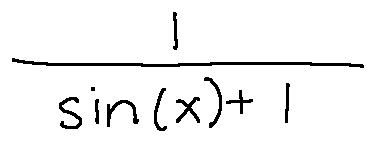
\frac { 1 } { \sin ( x ) + 1 }